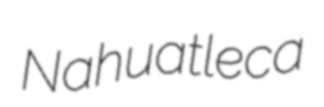
Nahuatleca